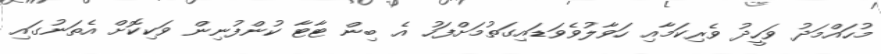
މުހައްމަދު ވަހީދު ވެރިކަމާއި ހަވާލުވެވަޑައިގަތުމަށްފަހު އެ ބިން ޓާޓާ ކުންފުނިން ވަކިކޮށް އެތަނުގައި